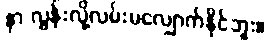
နာ လွန်းလို့လမ်းမလျှောက်နိုင်ဘူး။